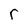
Character: r